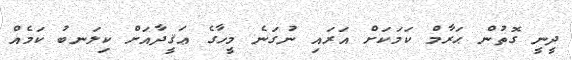
ދީނީ ގޮތުން ޙަރާމް ކަމަކަށް އަރައި ނުގަނެ މީހާގެ ޢަޤީދާއަށް ކިލަނބު ކަމެއް